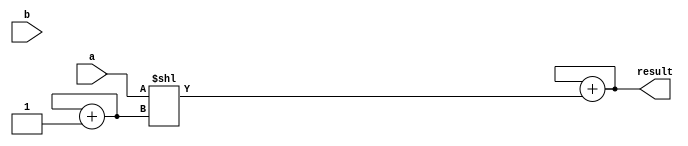
module shift_and_add_multiplier(
    input wire [7:0] a, b,
    output reg [15:0] result
);

reg [7:0] partial_product;
reg [3:0] shift_count;

always @(*) begin
    partial_product = a << shift_count;
    result = result + partial_product;
    shift_count = shift_count + 1;
end

endmodule